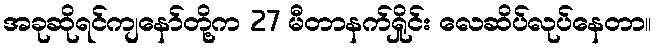
အခုဆိုရင်ကျနော်တို့က 27 မီတာနက်ရှိုင်း လေဆိပ်လုပ်နေတာ။